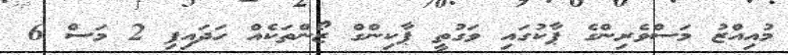
މުއިއްޒު މަސްވެރިންގެ ޕާކުގައި ވަގުތީ ޕާކިންގް ޒޯންތަކެއް ހަދައިފި 2 މަސް 6